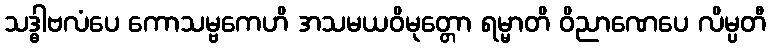
သဒ္ဓါဗလံပေ ကောသမ္ဗကေဟိ အသမယဝိမုတ္တော ရမ္မာတိ ဝိညာဏေပေ လိမ္ပတီ